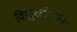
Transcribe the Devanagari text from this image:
विद्युच्चंुबक